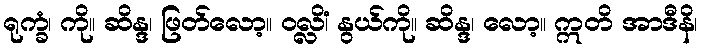
ရုက္ခံ၊ ကို။ ဆိန္ဒ၊ ဖြတ်လော့။ ဝလ္လိံ၊ နွယ်ကို။ ဆိန္ဒ၊ လော့။ ဣတိ အာဒီနိ၊